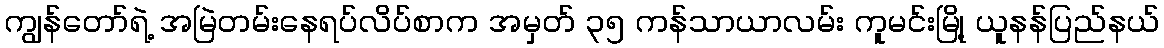
ကျွန်တော်ရဲ့ အမြဲတမ်းနေရပ်လိပ်စာက အမှတ် ၃၅ ကန်သာယာလမ်း ကူမင်းမြို့ ယူနန်ပြည်နယ်